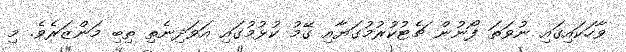
ވާހަކައިގައި ނުވަތަ ފޯނުން ޗެޓުކުރުމުގަޔާއި ގޭމު ކުޅުމުގައި އަވަދިނެތި ތިބި މަންޒަރެވެ. މި